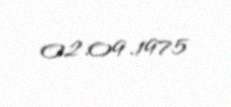
02.09.1975